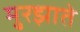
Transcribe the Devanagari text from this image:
मुरझाते